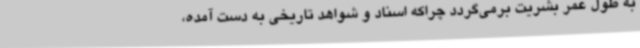
به طول عمر بشریت برمی‌گردد چراکه اسناد و شواهد تاریخی به دست آمده،